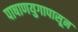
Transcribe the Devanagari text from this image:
पाषाणयुगापासून